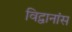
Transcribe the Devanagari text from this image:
विद्वानांस